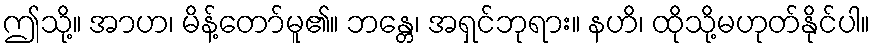
ဤသို့။ အာဟ၊ မိန့်တော်မူ၏။ ဘန္တေ၊ အရှင်ဘုရား။ နဟိ၊ ထိုသို့မဟုတ်နိုင်ပါ။